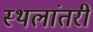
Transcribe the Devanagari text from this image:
स्थलांतरी